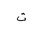
Letter: _ta